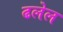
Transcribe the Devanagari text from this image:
ढलेल